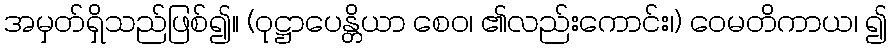
အမှတ်ရှိသည်ဖြစ်၍။ (ဝုဋ္ဌာပေန္တိယာ စေဝ၊ ၏လည်းကောင်း၊) ဝေမတိကာယ၊ ၍